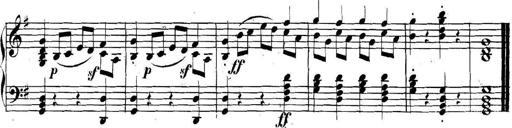
Title: Collected Piano Sonatas
Composer: Muzio Clementi